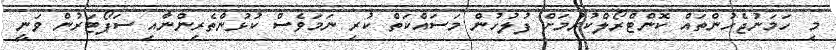
މި ހަމަނުޖެހުންތައް ކޮންޓްރޯލްކުރުމަށް ފުލުހުން މަސައްކަތް ކުރި ނަމަވެސް ކުޅުންތެރިންނާއި ސަޕޯޓަރުން ވަނީ